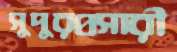
সুদুরপ্রসারী